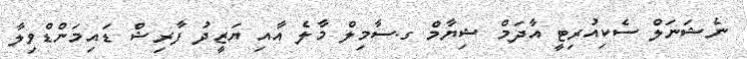
ނެޝަނަލް ސެކިއުރިޓީ އާދަމް ޝިޔާމް ގ.ސާމިލް މާލެ އާއި ޔަޒީދު ފާރިޝް ޑައިމަންޑްވިލާ